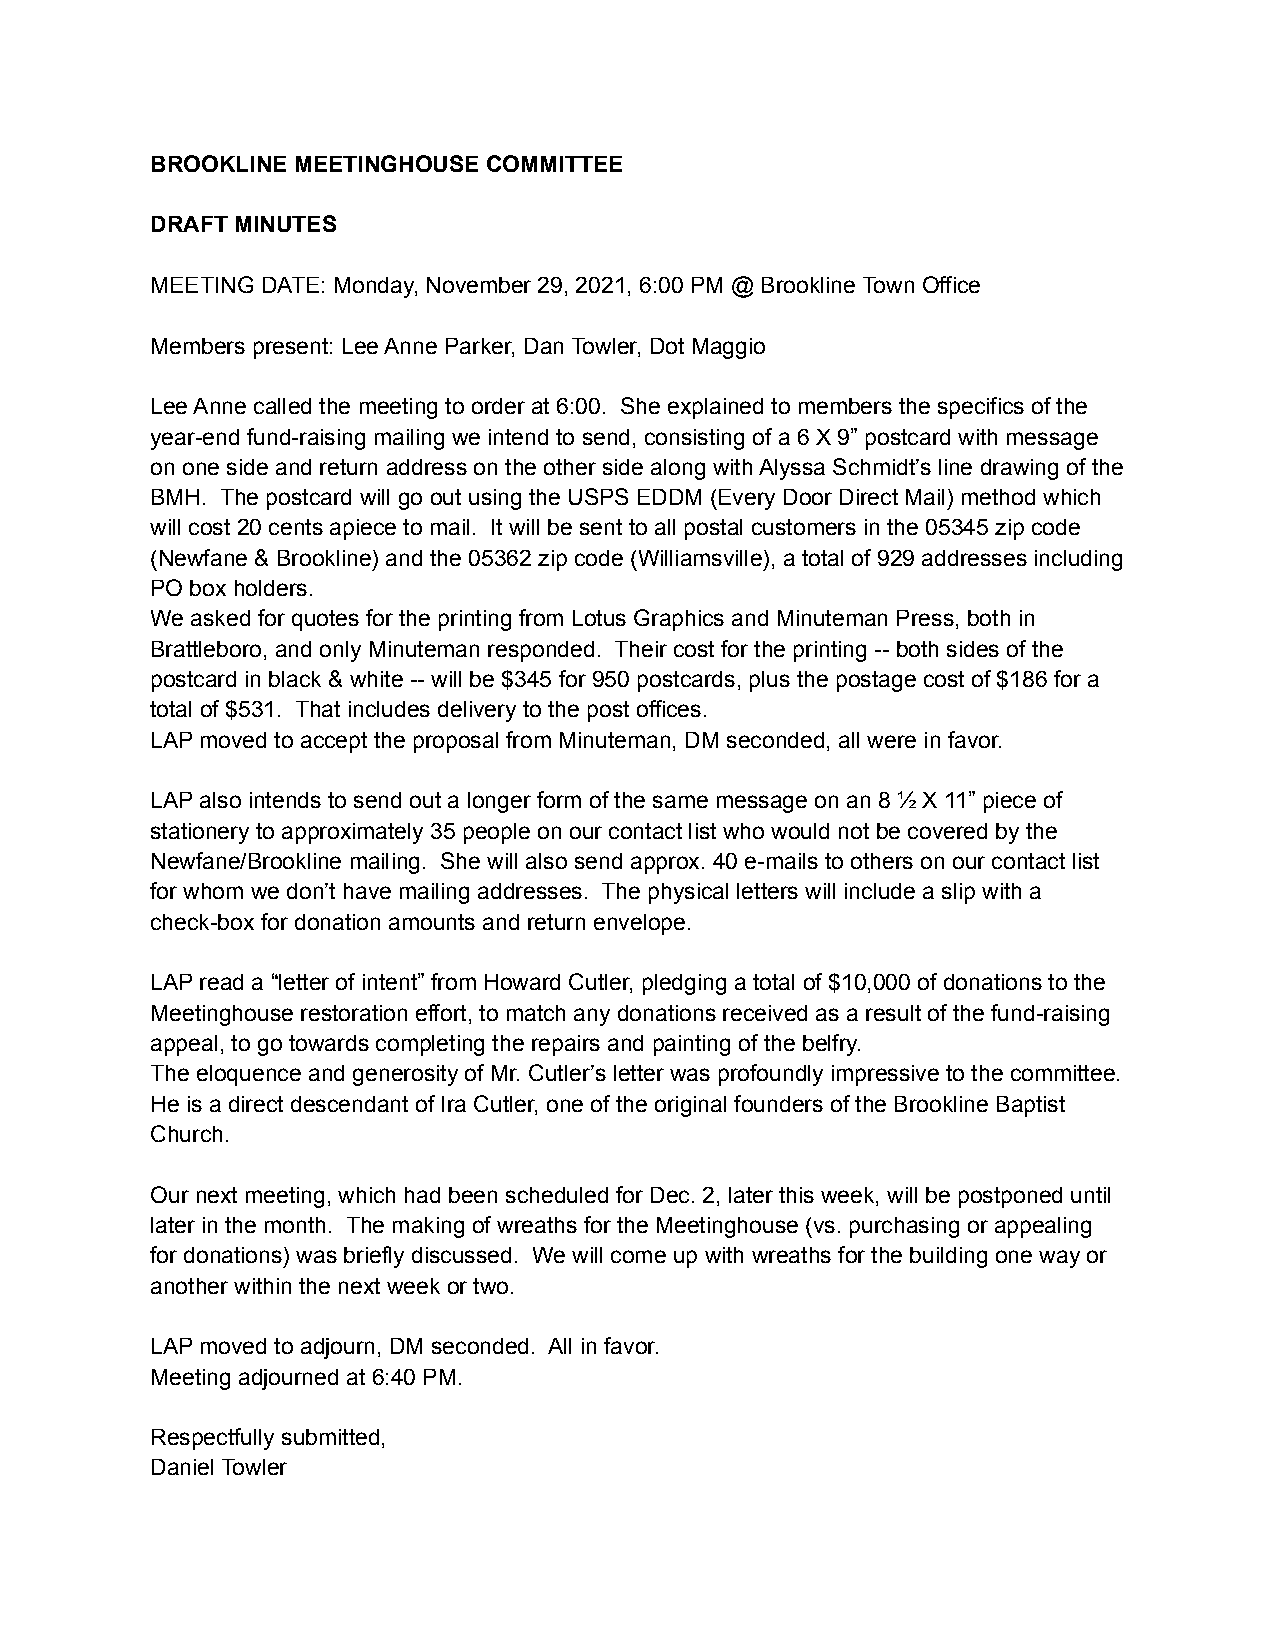
BROOKLINE MEETINGHOUSE COMMITTEE
 DRAFT MINUTES
 MEETING DATE: Monday, November 29, 2021, 6:00 PM @ Brookline Town Office
 Members present: Lee Anne Parker, Dan Towler, Dot Maggio
 Lee Anne called the meeting to order at 6:00. She explained to members the specifics of the
 year-end fund-raising mailing we intend to send, consisting of a 6 X 9” postcard with message
 on one side and return address on the other side along with Alyssa Schmidt’s line drawing of the
 BMH. The postcard will go out using the USPS EDDM (Every Door Direct Mail) method which
 will cost 20 cents apiece to mail. It will be sent to all postal customers in the 05345 zip code
 (Newfane & Brookline) and the 05362 zip code (Williamsville), a total of 929 addresses including
 PO box holders.
 We asked for quotes for the printing from Lotus Graphics and Minuteman Press, both in
 Brattleboro, and only Minuteman responded. Their cost for the printing -- both sides of the
 postcard in black & white -- will be $345 for 950 postcards, plus the postage cost of $186 for a
 total of $531. That includes delivery to the post offices.
 LAP moved to accept the proposal from Minuteman, DM seconded, all were in favor.
 LAP also intends to send out a longer form of the same message on an 8 ½ X 11” piece of
 stationery to approximately 35 people on our contact list who would not be covered by the
 Newfane/Brookline mailing. She will also send approx. 40 e-mails to others on our contact list
 for whom we don’t have mailing addresses. The physical letters will include a slip with a
 check-box for donation amounts and return envelope.
 LAP read a “letter of intent” from Howard Cutler, pledging a total of $10,000 of donations to the
 Meetinghouse restoration effort, to match any donations received as a result of the fund-raising
 appeal, to go towards completing the repairs and painting of the belfry.
 The eloquence and generosity of Mr. Cutler’s letter was profoundly impressive to the committee.
 He is a direct descendant of Ira Cutler, one of the original founders of the Brookline Baptist
 Church.
 Our next meeting, which had been scheduled for Dec. 2, later this week, will be postponed until
 later in the month. The making of wreaths for the Meetinghouse (vs. purchasing or appealing
 for donations) was briefly discussed. We will come up with wreaths for the building one way or
 another within the next week or two.
 LAP moved to adjourn, DM seconded. All in favor.
 Meeting adjourned at 6:40 PM.
 Respectfully submitted,
 Daniel Towler